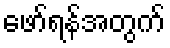
ဖော်ရန်အတွက်